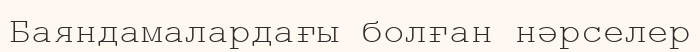
Баяндамалардағы болған нәрселер